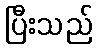
ပြီးသည်